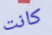
كانت